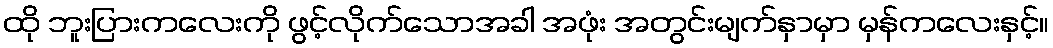
ထို ဘူးပြားကလေးကို ဖွင့်လိုက်သောအခါ အဖုံး အတွင်းမျက်နှာမှာ မှန်ကလေးနှင့်။